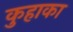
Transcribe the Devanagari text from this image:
कुहाका